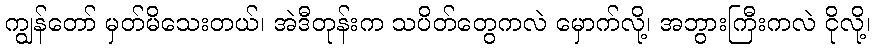
ကျွန်တော် မှတ်မိသေးတယ်၊ အဲဒီတုန်းက သပိတ်တွေကလဲ မှောက်လို့၊ အဘွားကြီးကလဲ ငိုလို့၊